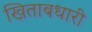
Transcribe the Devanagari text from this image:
खिताबधारी